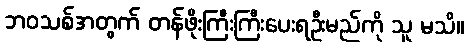
ဘဝသစ်အတွက် တန်ဖိုးကြီးကြီးပေးရဦးမည်ကို သူ မသိ။